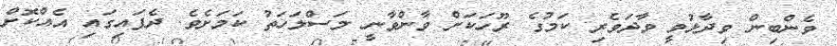
ވެންބިން ވިދާޅުވީ ވާދަވެރި ކަމުގެ ރޫހަކަށް ވާންވާނީ މަސްލަހަތު ކަމަށެވެ. ދެފައިގައި އެއްކޮށް